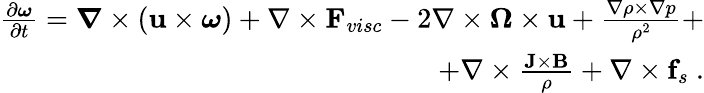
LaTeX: \begin{array}{r}{\frac{\partial\boldsymbol{\omega}}{\partial t}=\boldsymbol{\nabla}\times(\mathbf{u}\times\boldsymbol{\omega})+\nabla\times\mathbf{F}_{visc}-2\nabla\times\boldsymbol{\Omega}\times\mathbf{u}+\frac{\nabla\rho\times\nabla p}{\rho^{2}}+}\\ {+\nabla\times\frac{\mathbf{J}\times\mathbf{B}}{\rho}+\nabla\times\mathbf{f}_{s}~.}\end{array}